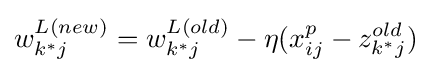
w_{k^{*}j}^{L(new)}=w_{k^{*}j}^{L(old)}-\eta (x_{ij}^{p}-z_{k^{*}j}^{old})